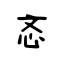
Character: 忞